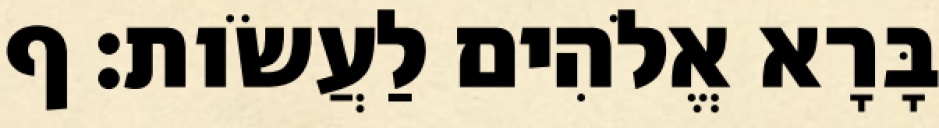
בָּרָא אֱלֹהִים לַעֲשֹׂות׃ ף